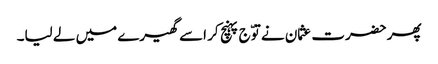
پھر حضرت عثمان نے توّج پہنچ کر اسے گھیرے میں لے لیا۔